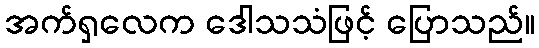
အက်ရှလေက ဒေါသသံဖြင့် ပြောသည်။